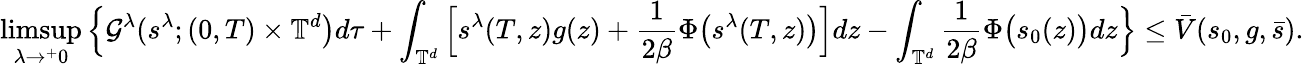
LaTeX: \operatorname*{limsup}_{\lambda\to^{+}0}\Big\{ \mathcal{G}^{\lambda}(s^{\lambda};(0,T)\times\mathbb{T}^{d}\big)d\tau+\int_{\mathbb{T}^{d}}\Big[{s}^{\lambda}(T,z){g}(z)+\frac{1}{2\beta}\Phi\big(s^{\lambda}(T,z)\big)\Big]dz-\int_{\mathbb{T}^{d}}\frac{1}{2\beta}\Phi\big(s_{0}(z)\big)dz\Big\} \leq\bar{V}(s_{0},g,\bar{s}).